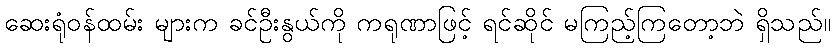
ဆေးရုံဝန်ထမ်း များက ခင်ဦးနွယ်ကို ကရုဏာဖြင့် ရင်ဆိုင် မကြည့်ကြတော့ဘဲ ရှိသည်။